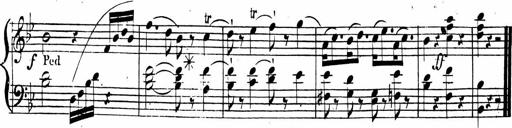
Title: 2 Piano Sonatinas
Composer: Ferdinand Ries